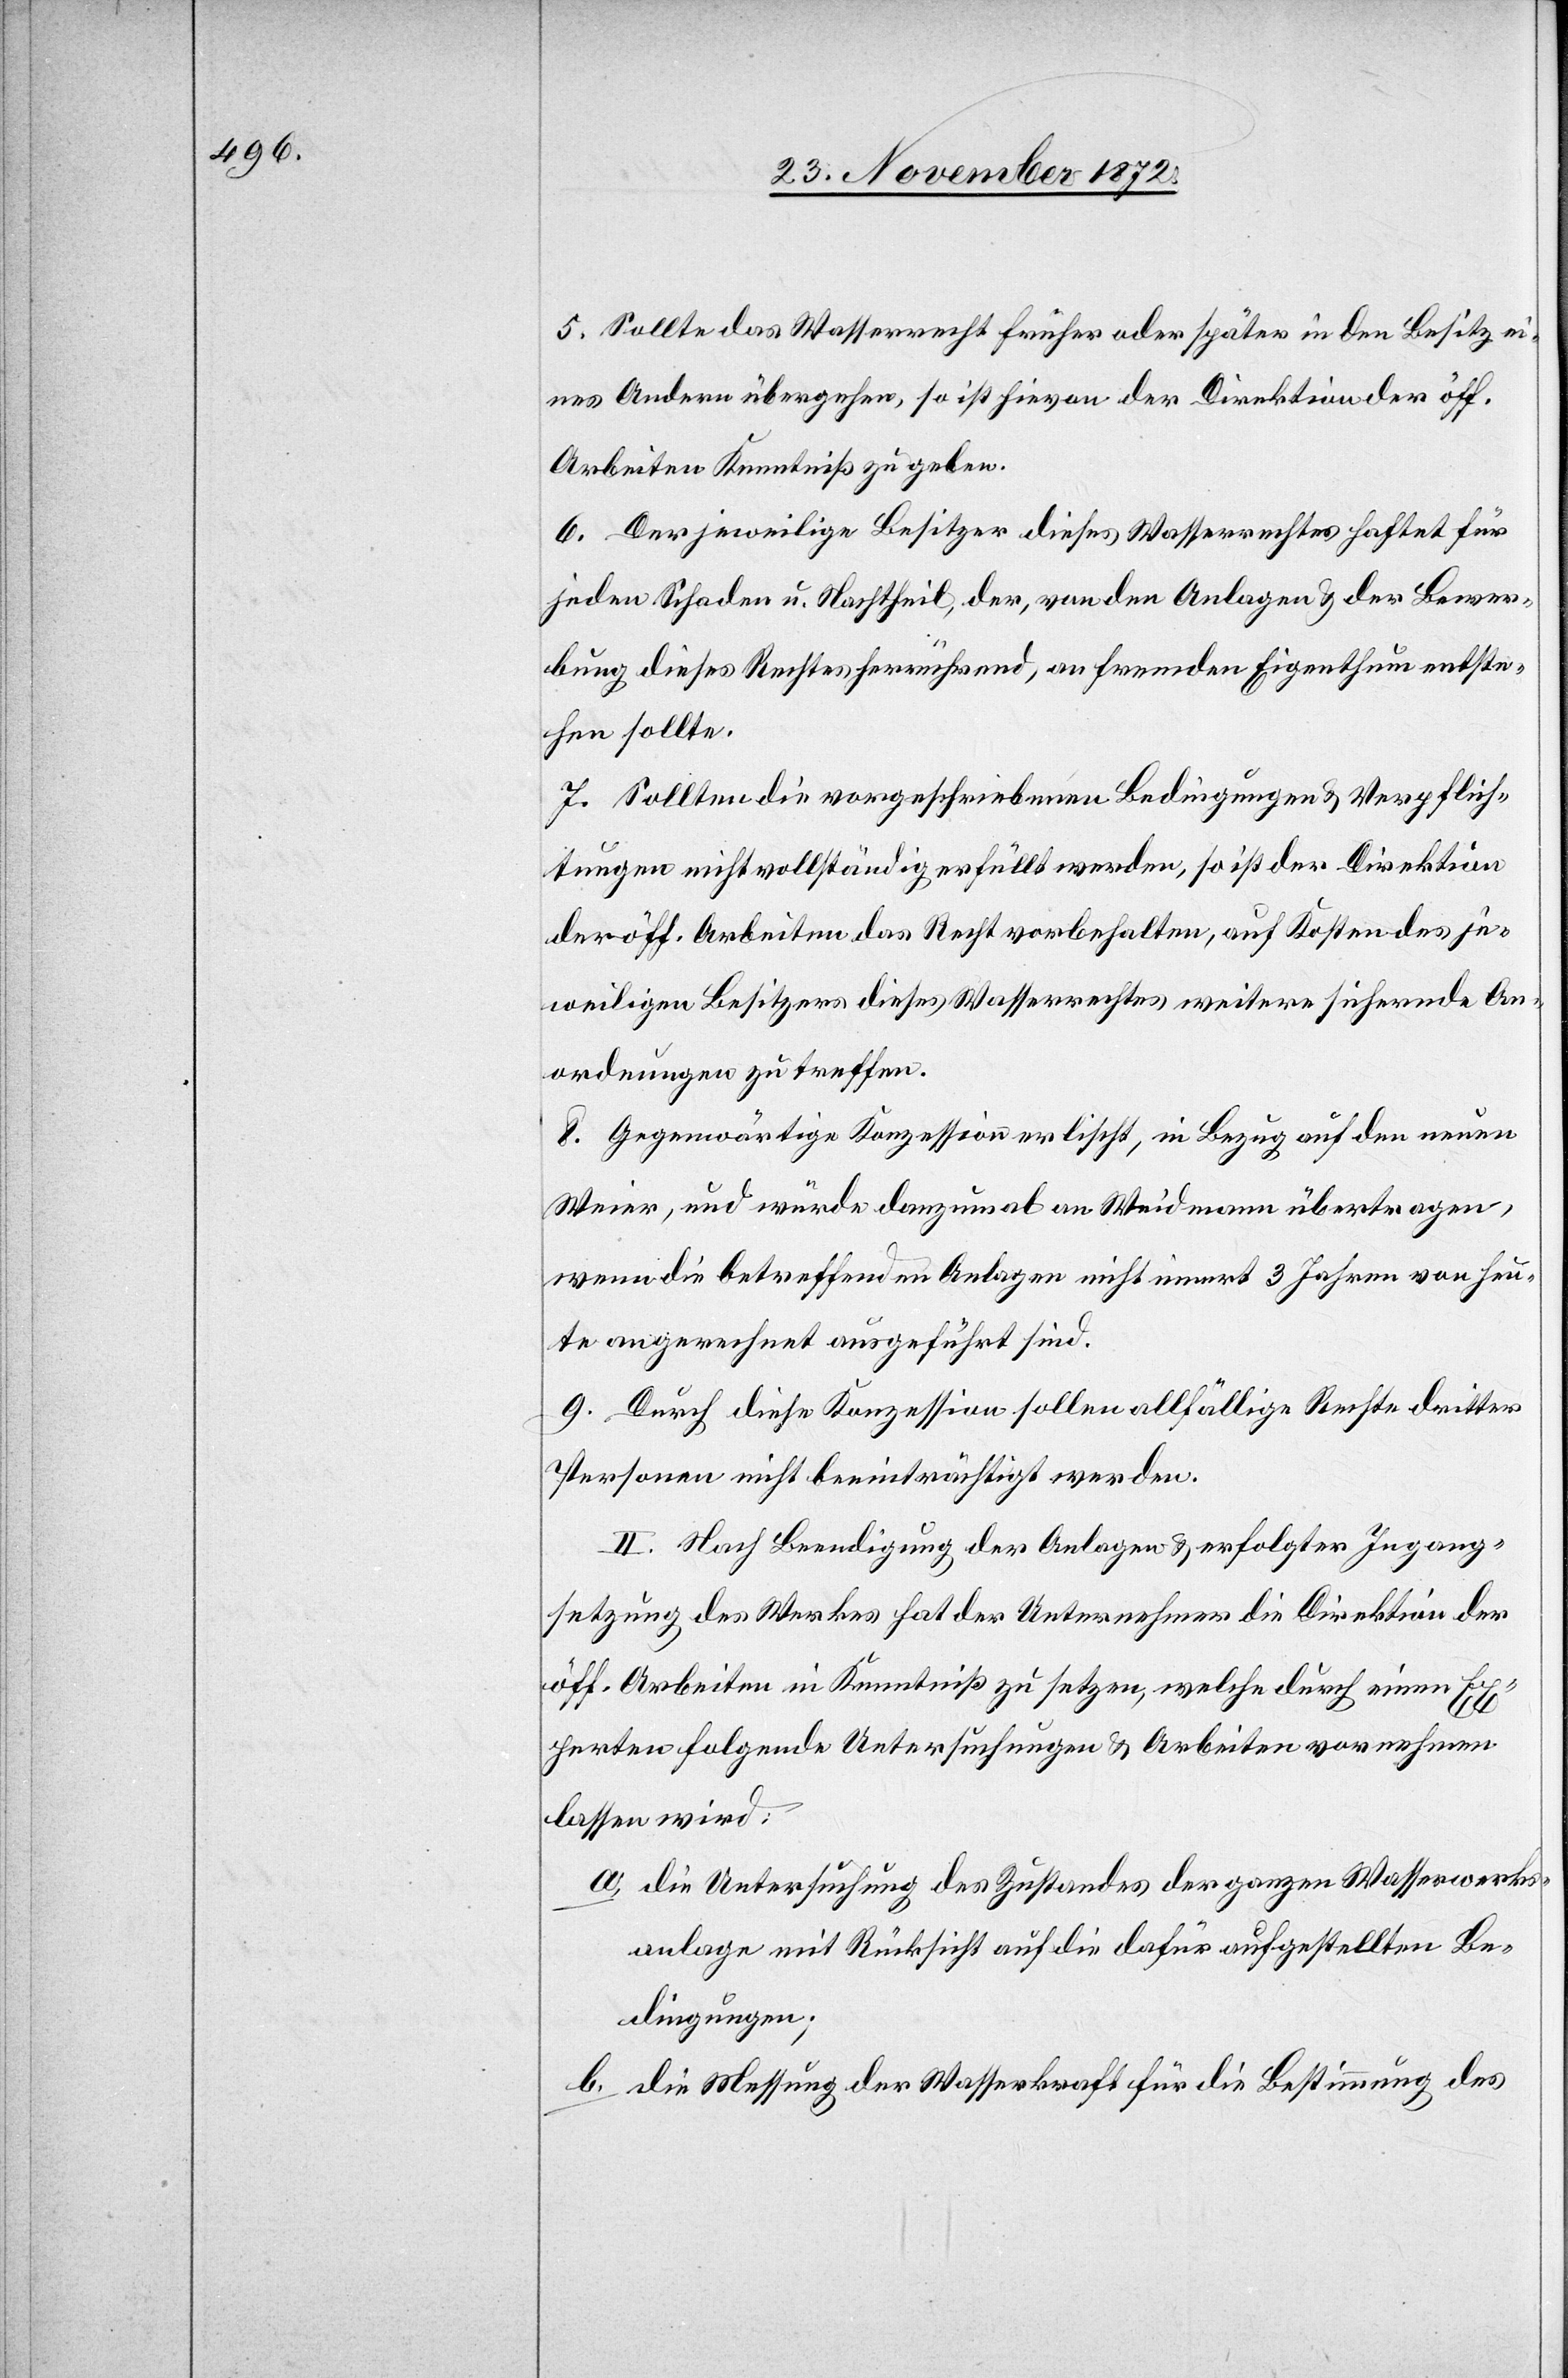
5. Sollte das Wasserrecht früher oder später in den Besitz ei¬
nes Andern übergehen, so ist hievon der Direktion der öff.
Arbeiten Kenntniß zu geben.
6. Der jeweilige Besitzer dieses Wasserrechtes haftet für
jeden Schaden u. Nachtheil, der, von den Anlagen u. der Bewer¬
bung dieses Rechtes herrührend, an fremden Eigenthum entste¬
hen sollte.
7. Sollten die vorgeschriebenen Bedingungen u. Verpflich¬
tungen nicht vollständig erfüllt werden, so ist der Direktion
der öff. Arbeiten das Recht vorbehalten, auf Kosten des je¬
weiligen Besitzers dieses Wasserrechtes weitere sichernde An¬
ordnungen zu treffen.
8. Gegenwärtige Konzession erlischt, in Bezug auf den neuen
Weier, und würde dannzumal an Weidmann übertragen,
wenn die betreffenden Anlagen nicht innert 3 Jahren von heu¬
te an gerechnet ausgeführt sind.
9. Durch diese Konzession sollen allfällige Rechte dritter
Personen nicht beeinträchtigt werden.
II. Nach Beendigung der Anlagen u. erfolgter Ingang¬
setzung des Werkes hat der Unternehmer die Direktion der
öff. Arbeiten in Kenntniß zu setzen, welche durch einen Ex¬
perten folgende Untersuchungen u. Arbeiten vornehmen
lassen wird:
a. die Untersuchung des Zustandes der ganzen Wasserwerks¬
anlage mit Rücksicht auf die dafür aufgestellten Be¬
dingungen;
b. die Messung der Wasserkraft für die Bestimmung des